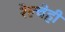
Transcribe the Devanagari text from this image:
रेल्वेही